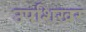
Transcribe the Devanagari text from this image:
उपशिखर